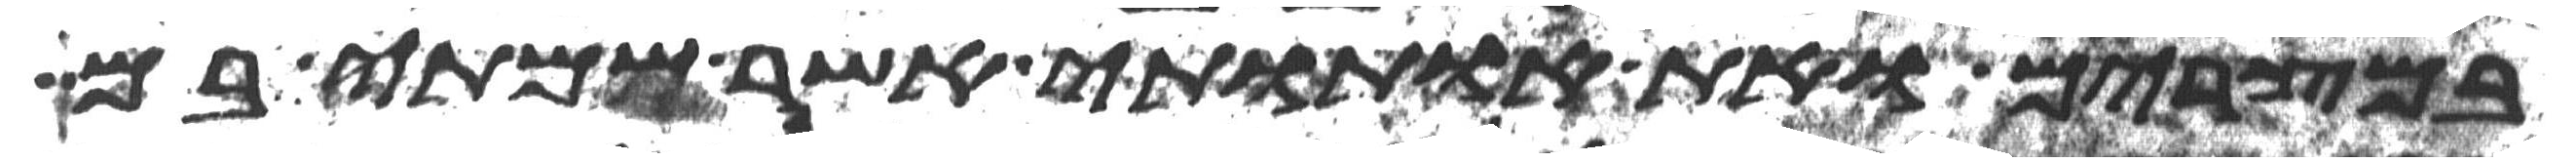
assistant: במצרים ואת אתותי אשר שמתי בם